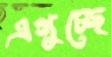
এগুচ্ছে